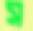
স